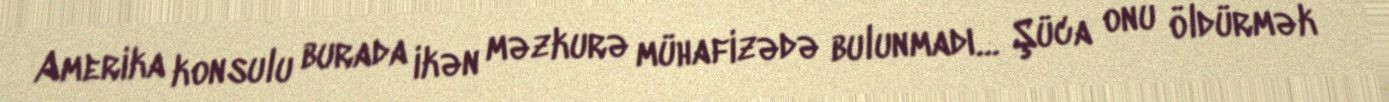
Amerika konsulu burada ikən məzkurə mühafizədə bulunmadı… Şüca onu öldürmək